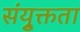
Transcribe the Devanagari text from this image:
संयु्क्तता